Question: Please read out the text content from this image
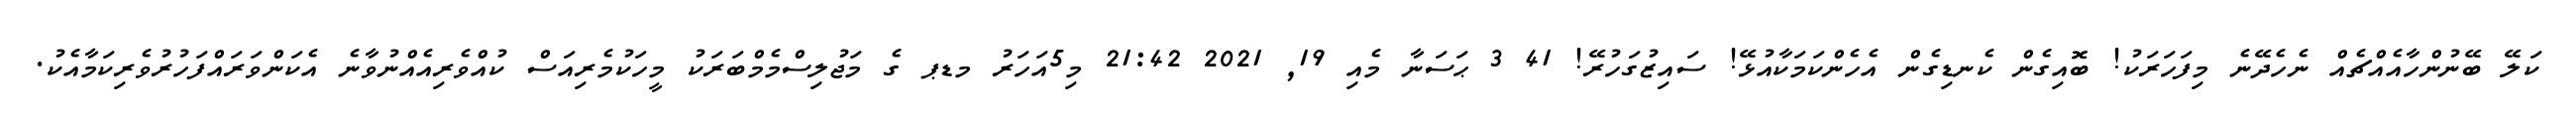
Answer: ކަލޭ ބޭނުންހާއެއްޗެއް ނެހެދޭނެ މިފަހަރަކު! ބޮއިގެން ކެނޑިގެން އެހެންކަމަކާއުޅޭ! ސައިޒުގަހުރޭ! 41 3 ޙަސަނާ މެއި 19, 2021 21:42 މި5އަހަރު މޑޕ ގެ މަޖުލިސްމެމްބަރަކު މީހަކުމެރިއަސް ކުއްވެރިއެއްނުވާނެ އެކަންވަރައްފަހުރުވެރިކަމާއެކު.